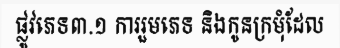
ផ្លូវភេទ៣.១ ការរួមភេទ និងកូនក្រមុំដែល